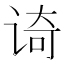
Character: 𮷈